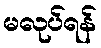
မလုပ်ရန်